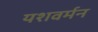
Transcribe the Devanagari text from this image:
यशवर्मन